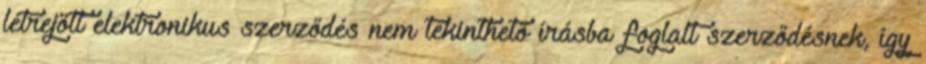
létrejött elektronikus szerződés nem tekinthető írásba foglalt szerződésnek, így